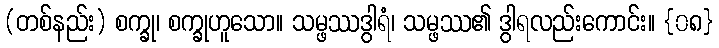
(တစ်နည်း) စက္ခု၊ စက္ခုဟူသော။ သမ္ဖဿဒွါရံ၊ သမ္ဖဿ၏ ဒွါရလည်းကောင်း။ {၀၈}